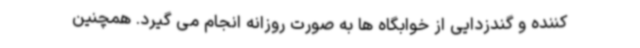
کننده و گندزدایی از خوابگاه ها به صورت روزانه انجام می گیرد. همچنین